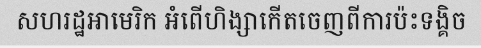
សហរដ្ឋអាមេរិក អំពើហិង្សាកើតចេញពីការប៉ះទង្គិច